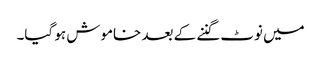
میں نوٹ گننے کے بعد خاموش ہو گیا۔